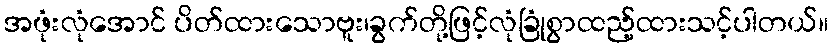
အဖုံးလုံအောင် ပိတ်ထားသောဗူး၊ခွက်တို့ဖြင့်လုံခြုံစွာထည့်ထားသင့်ပါတယ်။